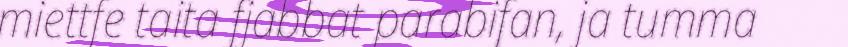
miettfe taita fjabbat parabifan, ja tumma